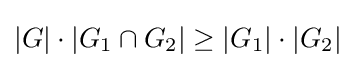
|G|\cdot |G_{1}\cap G_{2}|\geq |G_{1}|\cdot |G_{2}|